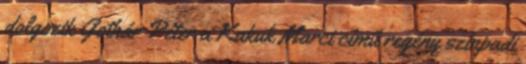
dolgozik Gothár Péter a Kakuk Marci című regény színpadi